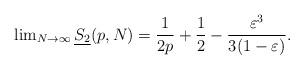
LaTeX: \begin{align*}\lim\nolimits_{N\to\infty}{\underline{S_2}(p, N)} = \frac{1}{2p} + \frac{1}{2} - \frac{\varepsilon^3}{3 (1- \varepsilon)}.\end{align*}